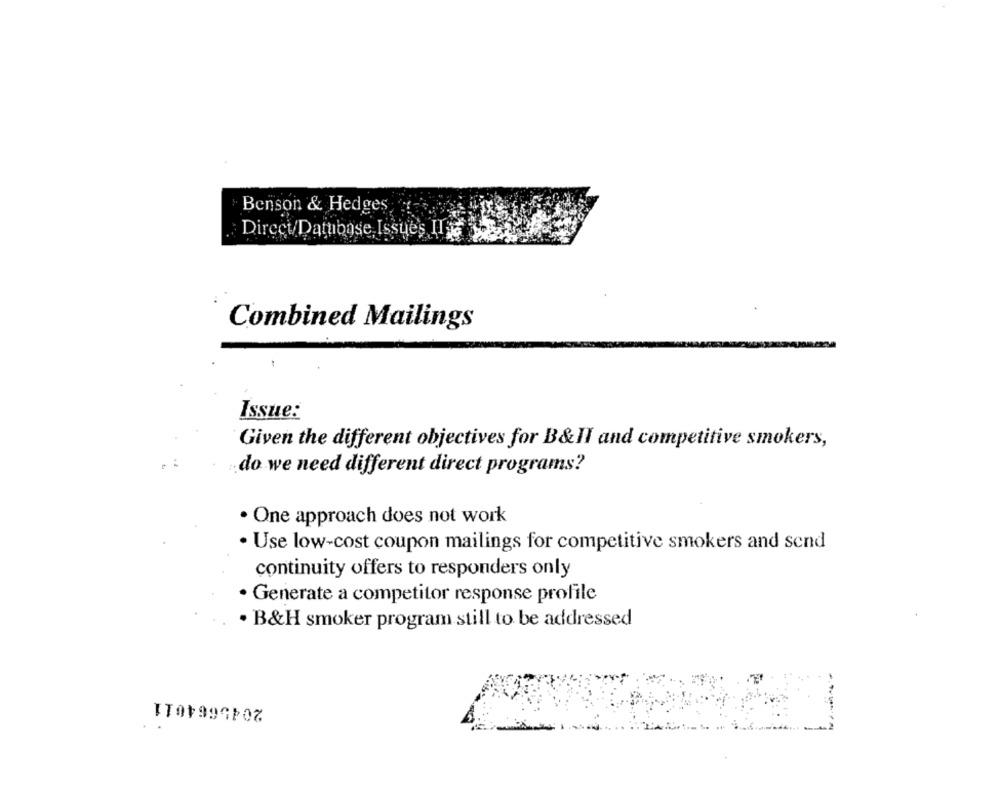
Benson & Hedges
Direct Database. Issues Il ve
Combined Mailings
Issue:
Given the different objectives for B&II and competitive smokers,
do we need different direct programs?
· One approach does not work
· Use low-cost coupon mailings for competitive smokers and send
continuity offers to responders only
· Generate a competitor response profile
· B&H smoker program still to be addressed
2045664011